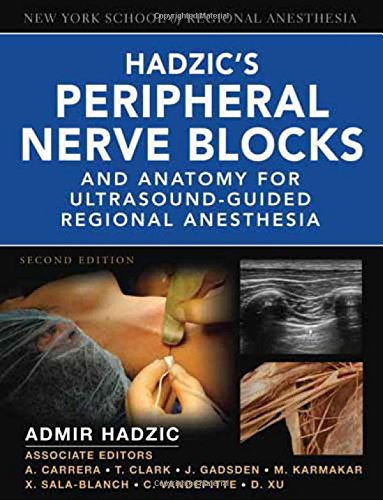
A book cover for Hadzic's Peripheral Nerve Blocks and Anatomy for Ultrasound-Guided Regional Anesthesia (New York School of Regional Anesthesia); Admir Hadzic; Medical Books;